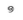
១